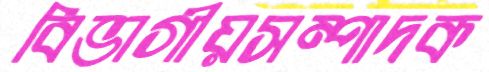
বিভাগীয়সম্পাদক